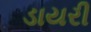
ડાયરી